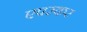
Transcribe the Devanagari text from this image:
एपरकर